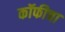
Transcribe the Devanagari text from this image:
कॉफीचा